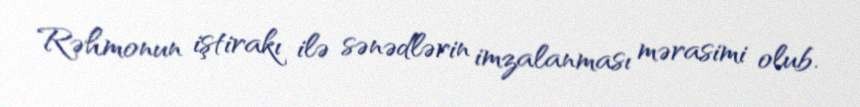
Rəhmonun iştirakı ilə sənədlərin imzalanması mərasimi olub.